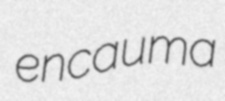
encauma